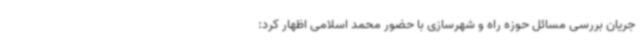
جریان بررسی مسائل حوزه راه و شهرسازی با حضور محمد اسلامی اظهار کرد: